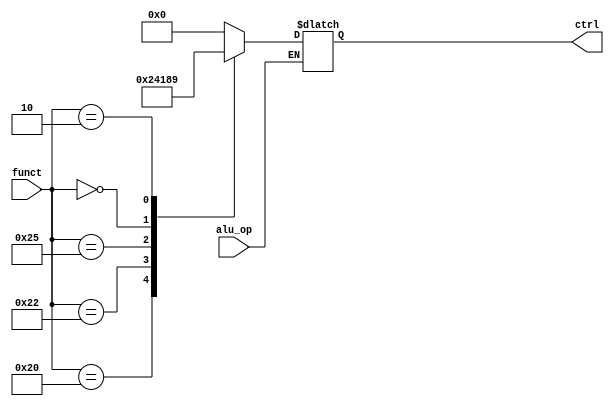
module alu_control(
    input [5:0] funct,
    input alu_op,
    output reg [3:0] ctrl
);

always @ (alu_op or funct)
begin
    if (alu_op == 1)
    begin
       case (funct)
         6'b100000: ctrl = 4'b0010;
         6'b100010: ctrl = 4'b0100;
         6'b100100: ctrl = 4'b0000;
         6'b100101: ctrl = 4'b0001;
         6'b000000: ctrl = 4'b1000;
         6'b000010: ctrl = 4'b1001;
         default: ctrl = 4'b0000;
       endcase

    end
end

endmodule